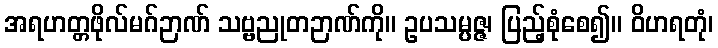
အရဟတ္တဖိုလ်မဂ်ဉာဏ် သဗ္ဗညုတဉာဏ်ကို။ ဥပသမ္ပဇ္ဇ၊ ပြည့်စုံစေ၍။ ဝိဟရတုံ၊